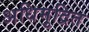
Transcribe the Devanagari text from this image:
अधिमुद्रित